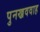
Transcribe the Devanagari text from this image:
पुनख्रववाह